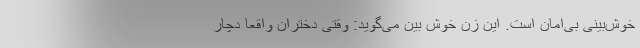
خوش‌بینی بی‌امان است. این زن خوش بین می‌گوید: وقتی دختران واقعا دچار